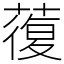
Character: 蕧